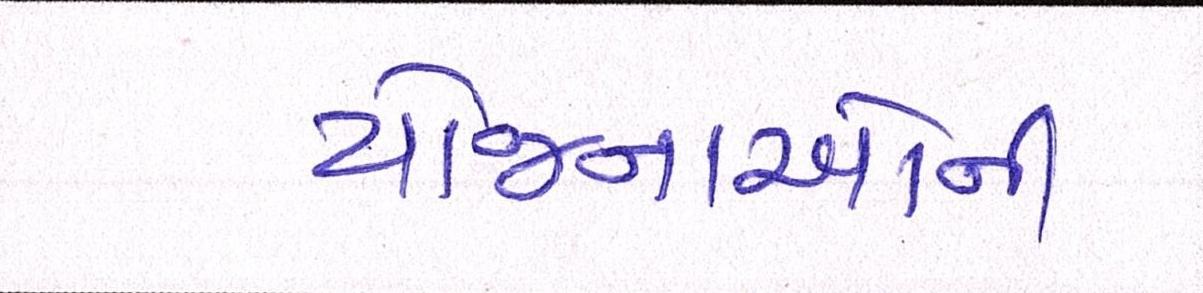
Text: યોજનાઓની